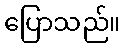
ပြောသည်။